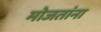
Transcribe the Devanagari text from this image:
मोजतांना